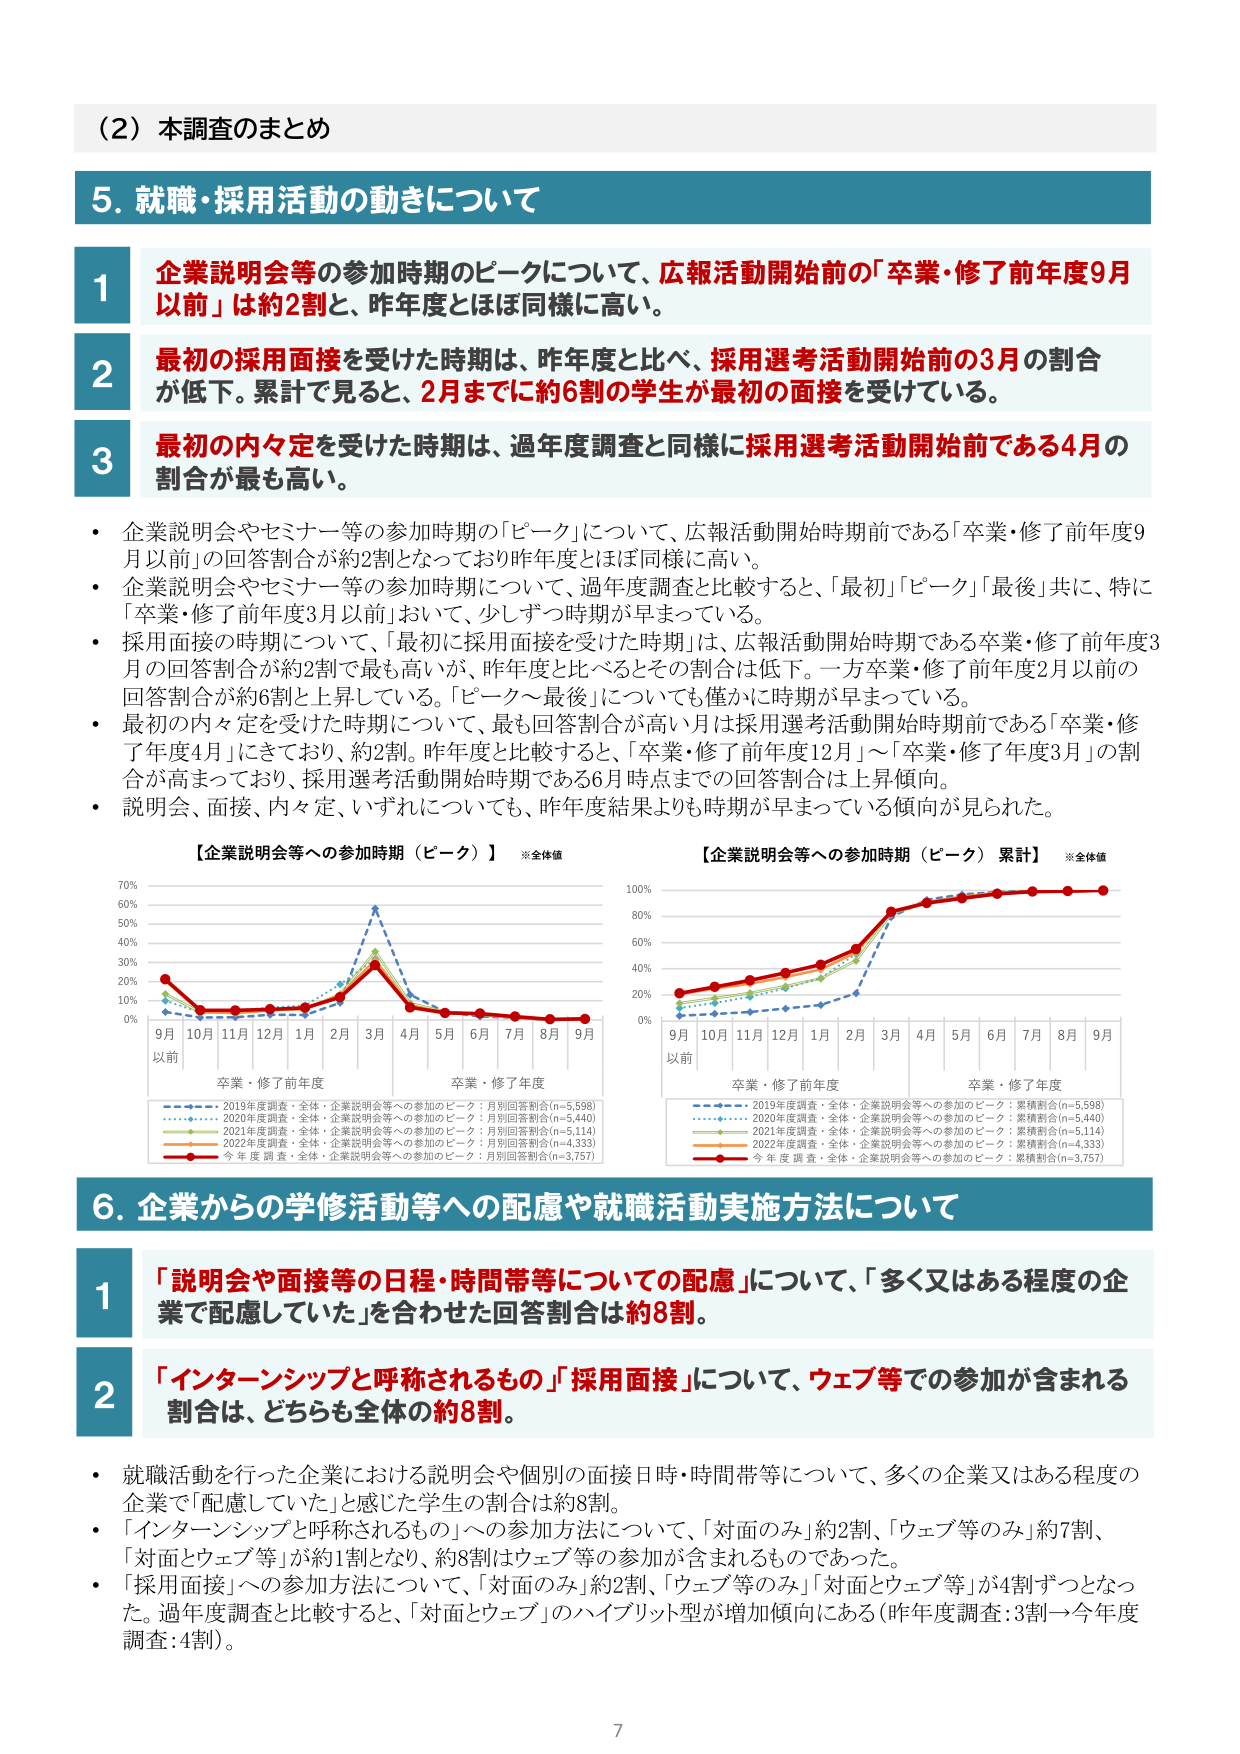
（2）本調査のまとめ

5. 就職・採用活動の動きについて

1 企業説明会等の参加時期のピークについて、広報活動開始前の「卒業・修了前年度9月以前」は約2割と、昨年度とほぼ同様に高い。

2 最初の採用面接を受けた時期は、昨年度と比べ、採用選考活動開始前の3月の割合が低下。累計で見ると、2月までに約6割の学生が最初の面接を受けている。

3 最初の内々定を受けた時期は、過年度調査と同様に採用選考活動開始前である4月の割合が最も高い。

・企業説明会やセミナー等の参加時期の「ピーク」について、広報活動開始時期前である「卒業・修了前年度9月以前」の回答割合が約2割となっており昨年度とほぼ同様に高い。
・企業説明会やセミナー等の参加時期について、過年度調査と比較すると、「最初」「ピーク」「最後」共に、特に「卒業・修了前年度3月以前」において、少しずつ時期が早まっている。
・採用面接の時期について、「最初に採用面接を受けた時期」は、広報活動開始時期である卒業・修了前年度3月の回答割合が約2割で最も高いが、昨年度と比べるとその割合は低下。一方卒業・修了前年度2月以前の回答割合が約6割と上昇している。「ピーク～最後」についても僅かに時期が早まっている。
・最初の内々定を受けた時期について、最も回答割合が高い月は採用選考活動開始時期前である「卒業・修了年度4月」にきており、約2割。昨年度と比較すると、「卒業・修了前年度12月」～「卒業・修了年度3月」の割合が高まっており、採用選考活動開始時期である6月時点までの回答割合は上昇傾向。
・説明会、面接、内々定、いずれについても、昨年度結果よりも時期が早まっている傾向が見られた。

【企業説明会等への参加時期（ピーク）】※全体値
【企業説明会等への参加時期（ピーク）累計】※全体値

9月以前 10月 11月 12月 1月 2月 3月 4月 5月 6月 7月 8月 9月
卒業・修了前年度 卒業・修了年度

2019年度調査・全体・企業説明会等への参加のピーク：月別回答割合(n=5,598)
2020年度調査・全体・企業説明会等への参加のピーク：月別回答割合(n=5,440)
2021年度調査・全体・企業説明会等への参加のピーク：月別回答割合(n=5,114)
2022年度調査・全体・企業説明会等への参加のピーク：月別回答割合(n=4,333)
今年度調査・全体・企業説明会等への参加のピーク：月別回答割合(n=3,757)

9月以前 10月 11月 12月 1月 2月 3月 4月 5月 6月 7月 8月 9月
卒業・修了前年度 卒業・修了年度

2019年度調査・全体・企業説明会等への参加のピーク：累積割合(n=5,598)
2020年度調査・全体・企業説明会等への参加のピーク：累積割合(n=5,440)
2021年度調査・全体・企業説明会等への参加のピーク：累積割合(n=5,114)
2022年度調査・全体・企業説明会等への参加のピーク：累積割合(n=4,333)
今年度調査・全体・企業説明会等への参加のピーク：累積割合(n=3,757)

6. 企業からの学修活動等への配慮や就職活動実施方法について

1 「説明会や面接等の日程・時間帯等についての配慮」について、「多く又はある程度の企業で配慮していた」を合わせた回答割合は約8割。

2 「インターンシップと呼称されるもの」「採用面接」について、ウェブ等での参加が含まれる割合は、どちらも全体の約8割。

・就職活動を行った企業における説明会や個別の面接日時・時間帯等について、多くの企業又はある程度の企業で「配慮していた」と感じた学生の割合は約8割。
・「インターンシップと呼称されるもの」への参加方法について、「対面のみ」約2割、「ウェブ等のみ」約7割、「対面とウェブ等」が約1割となり、約8割はウェブ等の参加が含まれるものであった。
・「採用面接」への参加方法について、「対面のみ」約2割、「ウェブ等のみ」「対面とウェブ等」が4割ずつとなった。過年度調査と比較すると、「対面とウェブ」のハイブリッド型が増加傾向にある（昨年度調査：3割→今年度調査：4割）。

7